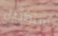
سنواصل